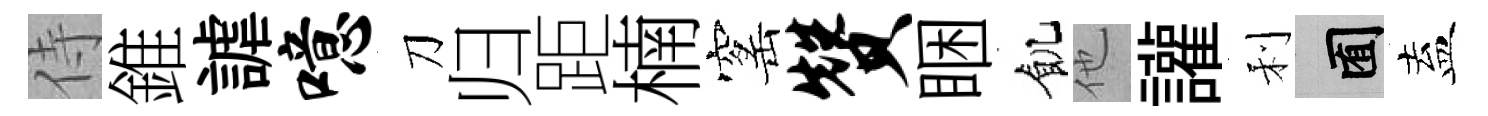
侍錐謔噫刀归距楠窰赞睏飢他讙利囿盍